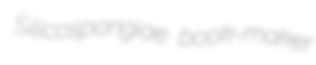
Silicospongiae book-maker